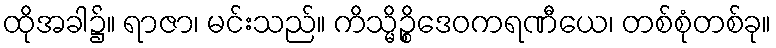
ထိုအခါ၌။ ရာဇာ၊ မင်းသည်။ ကိသ္မိဉ္စိဒေဝကရဏီယေ၊ တစ်စုံတစ်ခု။